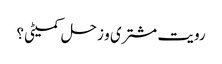
رویت مشتری و زحل کمیٹی؟